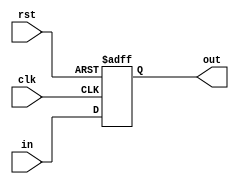
`timescale 1ns / 1ps

// a d-flop with clk and reset signals, it can be use in pc unit and pipeline register

module flop #(parameter WIDTH = 8)(
	input wire clk,rst,
	input wire[WIDTH-1:0] in,
	output reg[WIDTH-1:0] out
    );
	always @(posedge clk or posedge rst) begin
		if(rst) begin
			out <= 0;
		end else begin
			out <= in;
		end
	end
endmodule